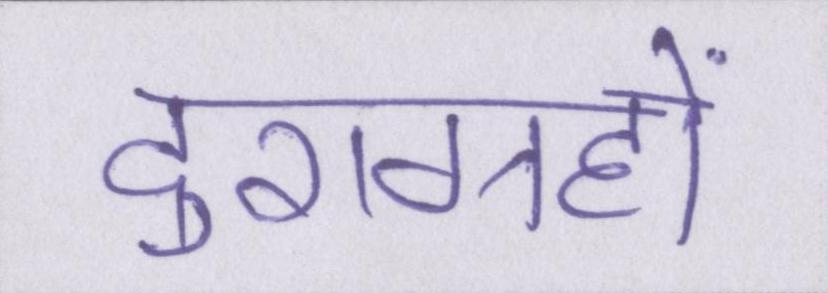
दुराग्रहों